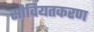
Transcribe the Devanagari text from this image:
सोवियतकरण